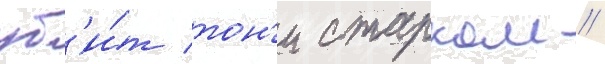
уб'и́т тон'и старком //